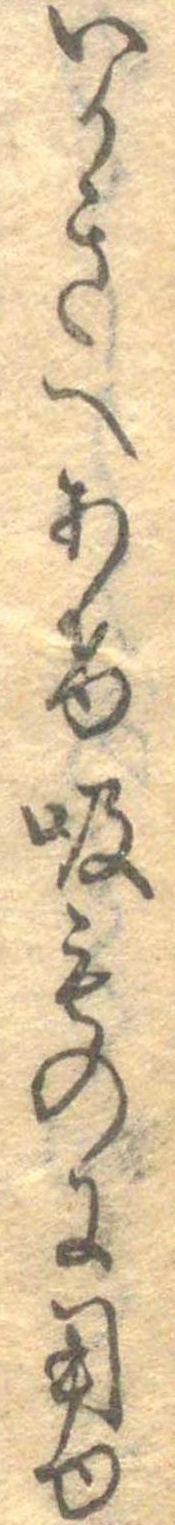
いかきへあけ吸ものに用ゆ